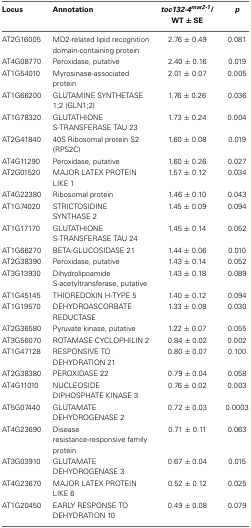
<table><thead><tr><td><b>Locus</b></td><td><b>Annotation</b></td><td><b><i>toc132-4<sup>mar2-1</sup></i>/ WT ± SE</b></td><td><b><i>p</i></b></td></tr></thead><tbody><tr><td>AT2G16005</td><td>MD2-related lipid recognition domain-containing protein</td><td>2.76 ± 0.49</td><td>0.081</td></tr><tr><td>AT4G08770</td><td>Peroxidase, putative</td><td>2.40 ± 0.16</td><td>0.019</td></tr><tr><td>AT1G54010</td><td>Myrosinase-associated protein</td><td>2.01 ± 0.07</td><td>0.005</td></tr><tr><td>AT1G66200</td><td>GLUTAMINE SYNTHETASE 1;2 (GLN1;2)</td><td>1.76 ± 0.26</td><td>0.036</td></tr><tr><td>AT1G78320</td><td>GLUTATHIONE S-TRANSFERASE TAU 23</td><td>1.73 ± 0.24</td><td>0.004</td></tr><tr><td>AT2G41840</td><td>40S Ribosomal protein S2 (RPS2C)</td><td>1.60 ± 0.08</td><td>0.019</td></tr><tr><td>AT4G11290</td><td>Peroxidase, putative</td><td>1.60 ± 0.26</td><td>0.027</td></tr><tr><td>AT2G01520</td><td>MAJOR LATEX PROTEIN LIKE 1</td><td>1.57 ± 0.12</td><td>0.034</td></tr><tr><td>AT4G22380</td><td>Ribosomal protein</td><td>1.46 ± 0.10</td><td>0.043</td></tr><tr><td>AT1G74020</td><td>STRICTOSIDINE SYNTHASE 2</td><td>1.45 ± 0.09</td><td>0.094</td></tr><tr><td>AT1G17170</td><td>GLUTATHIONE S-TRANSFERASE TAU 24</td><td>1.45 ± 0.14</td><td>0.052</td></tr><tr><td>AT1G66270</td><td>BETA-GLUCOSIDASE 21</td><td>1.44 ± 0.06</td><td>0.010</td></tr><tr><td>AT2G38390</td><td>Peroxidase, putative</td><td>1.43 ± 0.14</td><td>0.052</td></tr><tr><td>AT3G13930</td><td>Dihydrolipoamide S-acetyltransferase, putative</td><td>1.43 ± 0.18</td><td>0.089</td></tr><tr><td>AT1G45145</td><td>THIOREDOXIN H-TYPE 5</td><td>1.40 ± 0.12</td><td>0.094</td></tr><tr><td>AT1G19570</td><td>DEHYDROASCORBATE REDUCTASE</td><td>1.33 ± 0.08</td><td>0.030</td></tr><tr><td>AT2G36580</td><td>Pyruvate kinase, putative</td><td>1.22 ± 0.07</td><td>0.055</td></tr><tr><td>AT3G56070</td><td>ROTAMASE CYCLOPHILIN 2</td><td>0.84 ± 0.02</td><td>0.002</td></tr><tr><td>AT1G47128</td><td>RESPONSIVE TO DEHYDRATION 21</td><td>0.80 ± 0.07</td><td>0.100</td></tr><tr><td>AT2G38380</td><td>PEROXIDASE 22</td><td>0.79 ± 0.04</td><td>0.058</td></tr><tr><td>AT4G11010</td><td>NUCLEOSIDE DIPHOSPHATE KINASE 3</td><td>0.76 ± 0.02</td><td>0.003</td></tr><tr><td>AT5G07440</td><td>GLUTAMATE DEHYDROGENASE 2</td><td>0.72 ± 0.03</td><td>0.0003</td></tr><tr><td>AT4G23690</td><td>Disease resistance-responsive family protein</td><td>0.71 ± 0.11</td><td>0.063</td></tr><tr><td>AT3G03910</td><td>GLUTAMATE DEHYDROGENASE 3</td><td>0.67 ± 0.04</td><td>0.015</td></tr><tr><td>AT4G23670</td><td>MAJOR LATEX PROTEIN LIKE 6</td><td>0.52 ± 0.12</td><td>0.025</td></tr><tr><td>AT1G20450</td><td>EARLY RESPONSE TO DEHYDRATION 10</td><td>0.49 ± 0.08</td><td>0.079</td></tr></tbody></table>